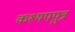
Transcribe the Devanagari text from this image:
कश्यपपुत्र